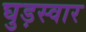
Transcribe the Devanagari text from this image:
घुड़स्वार